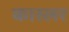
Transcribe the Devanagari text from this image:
कास्लर